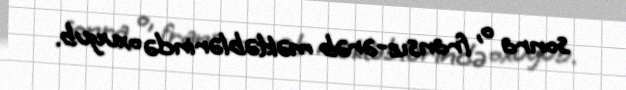
sonra o, fransız-ərəb məktəblərində oxuyub.